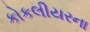
કોકલીયરના